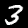
Digit: 3